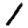
Digit: 1